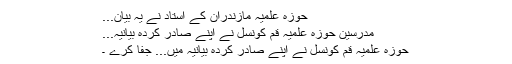
حوزہ علمیہ مازندران کے استاد نے یہ بیان...
مدرسین حوزہ علمیہ قم کونسل نے اپنے صادر کردہ بیانیہ...
حوزہ علمیہ قم کونسل نے اپنے صادر کردہ بیانیہ میں... جفا کرے ۔